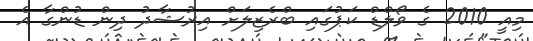
މިއީ 2010 ގެ ވޯލްޑް ކަޕުގައި ބްރެޒިލަށް އިރުޝާދު ދިން ޑުންގާ އެ